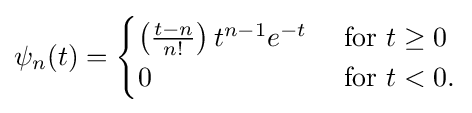
\psi _{n}(t)={\begin{cases}\left({\frac {t-n}{n!}}\right)t^{n-1}e^{-t}&{\text{ for }}t\geq 0\\0&{\text{ for }}t<0.\end{cases}}